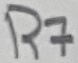
Text: R7